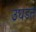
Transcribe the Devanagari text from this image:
उघडतं